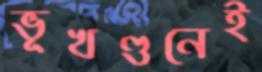
ভূখণ্ডনেই